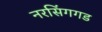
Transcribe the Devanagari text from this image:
नरसिंगगड